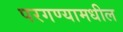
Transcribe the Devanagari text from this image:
परगण्यामधील